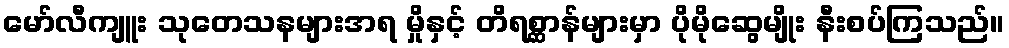
မော်လီကျူး သုတေသနများအရ မှိုနှင့် တိရစ္ဆာန်များမှာ ပိုမိုဆွေမျိုး နီးစပ်ကြသည်။